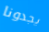
يجدونا